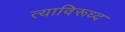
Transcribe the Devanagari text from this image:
त्याविरूध्द